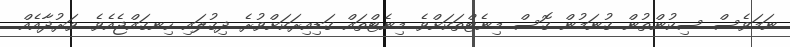
ނަމަވެސް ސިކުންތުން ގުނަމުން ގޮސް މިނެޓްތަކަށްވެ މިނެޓްތައް ގަޑިއިރަކަށްވުރެ ދިގުލައި ހިނގައްޖެއެވެ. ވަރުދާއެއް